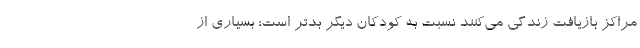
مراکز بازیافت زندگی می‌کنند نسبت به کودکان دیگر بدتر است؛ بسیاری از